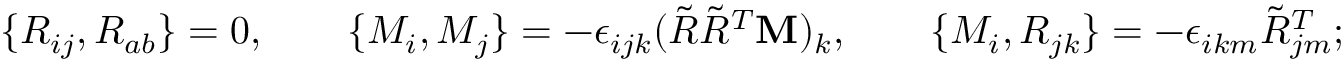
\begin{array} { r } { \{ R _ { i j } , R _ { a b } \} = 0 , \qquad \{ M _ { i } , M _ { j } \} = - \epsilon _ { i j k } ( \tilde { R } \tilde { R } ^ { T } { \bf M } ) _ { k } , \qquad \{ M _ { i } , R _ { j k } \} = - \epsilon _ { i k m } \tilde { R } _ { j m } ^ { T } ; } \end{array}